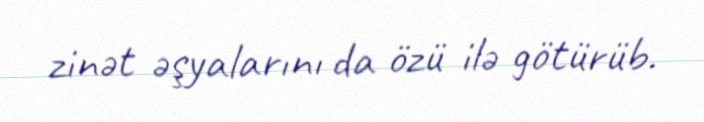
zinət əşyalarını da özü ilə götürüb.